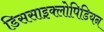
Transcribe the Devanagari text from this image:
डिससाइक्लोपिडियन